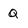
Character: Q